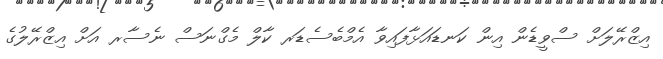
އިޒްރޭލަށް ސްވީޑެން އިން ކަނޑައަޅާފައިވާ އެމްބެސެޑަރ ކާލް މެގްނަސް ނެސާރ އަށް އިޒްރޭލުގެ